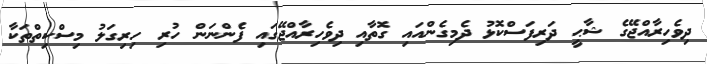
ދިވެހިރާއްޖޭގެ ޝާޙީ ދަރިފަސްކޮޅު ދެމިގެންއައި ގޮތާއި ދިވެހިރާއްޖޭގައި ފެންނަން ހުރި ހިރިގަލު މިސްކިތްތަކާ